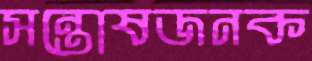
সন্তোষজনক